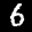
Label: 6